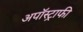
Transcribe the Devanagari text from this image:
अपॉस्ट्राफी